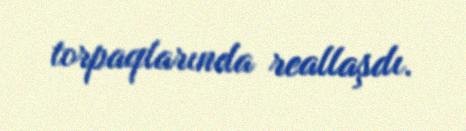
torpaqlarında reallaşdı.